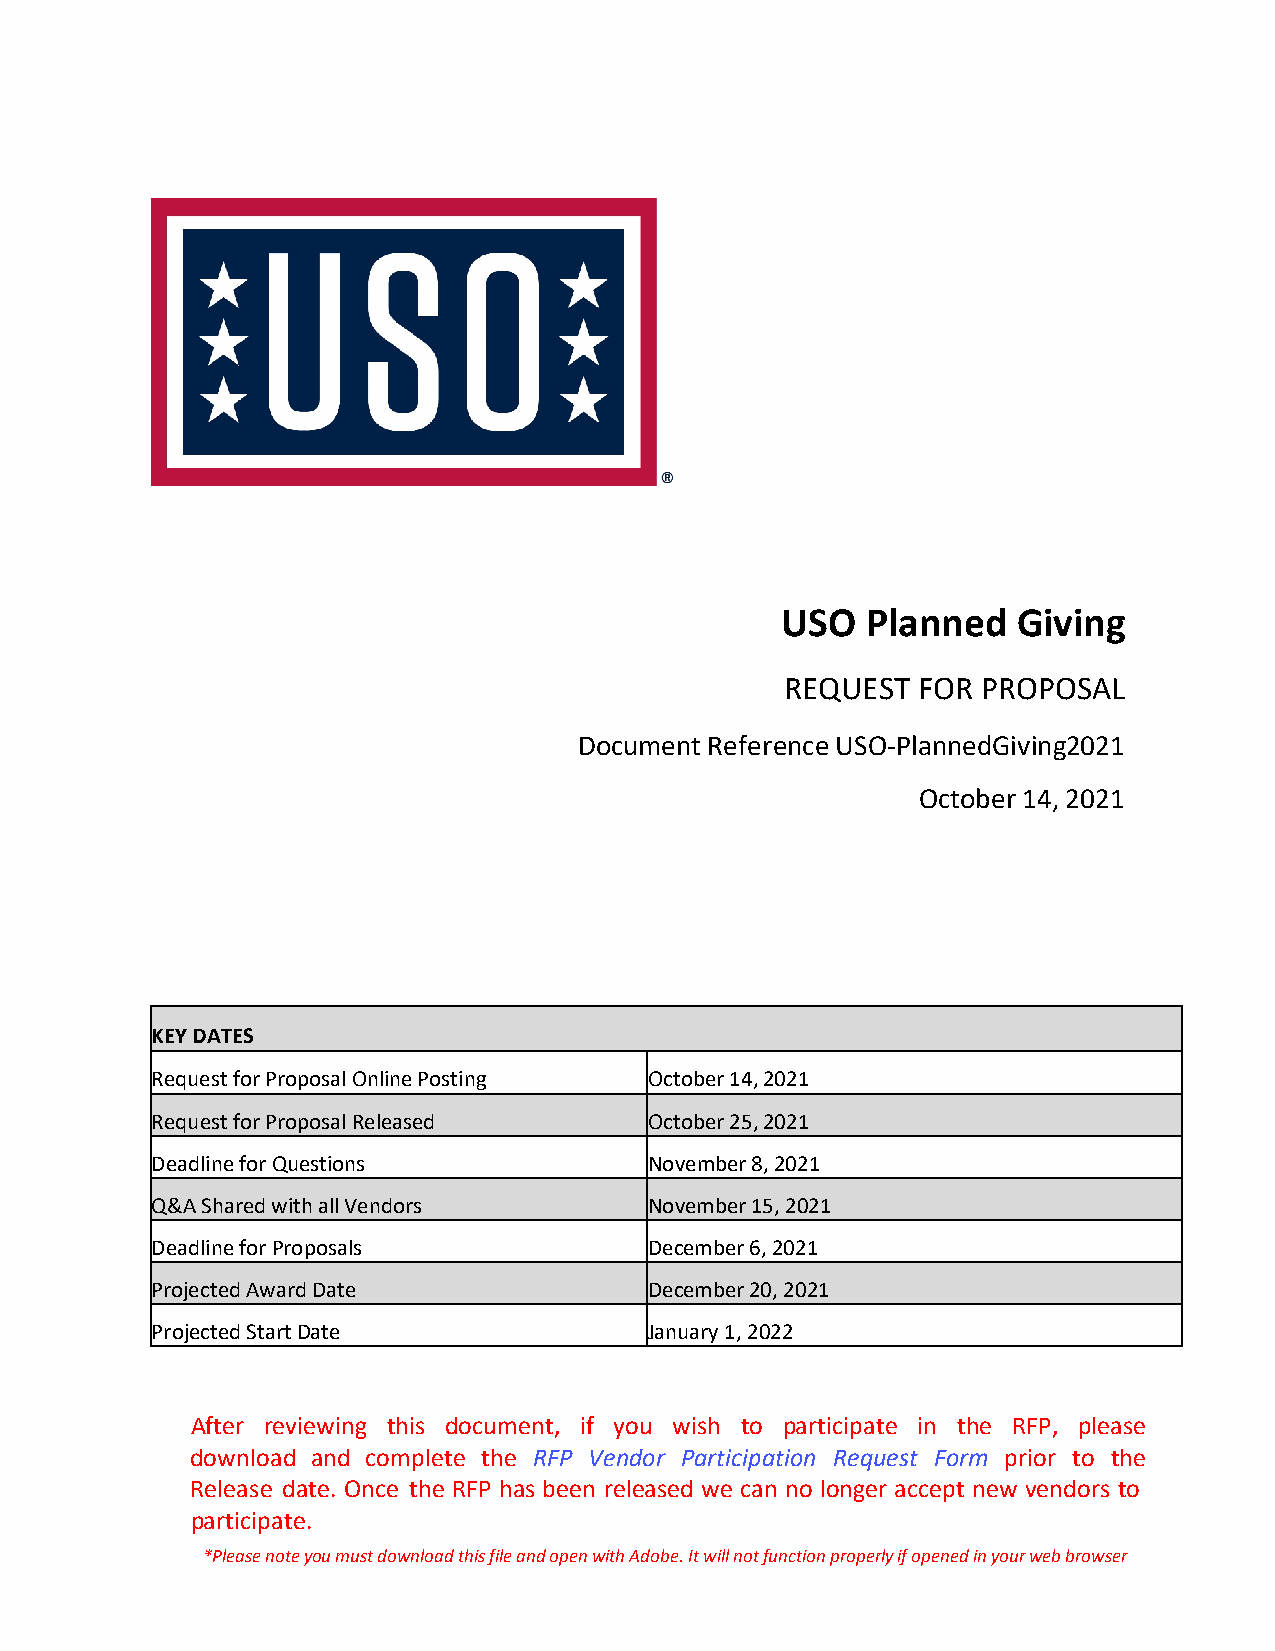
USO  Planned   Giving
 REQUEST  FOR PROPOSAL
 Document Reference USO-PlannedGiving2021
 October 14, 2021
 KEY DATES
 Request for Proposal Online Posting October 14, 2021
 Request for Proposal Released    October 25, 2021
 Deadline for Questions           November 8, 2021
 Q&A Shared with all Vendors      November 15, 2021
 Deadline for Proposals           December 6, 2021
 Projected Award Date             December 20, 2021
 Projected Start Date             January 1, 2022
 After reviewing this document, if you wish to participate in the RFP, please
 download and complete the RFP Vendor Participation Request Form prior to the
 Release date. Once the RFP has been released we can no longer accept new vendors to
 participate.
 *Please note you must download this file and open with Adobe. It will not function properly if opened in your web browser